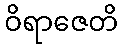
ဝိရာဇေတိ